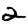
Digit: 2